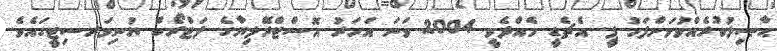
ޙާޞިލުކުރެއްވުމަށްފަހު ޕީ. އެޗެޑީ ހެއްދެވީ 2004 ވަނަ އަހަރު އޮސްޓްރޭލިޔާގެ ލަޓްރޯބް ޔުނިވަރސިޓީގައެވެ.